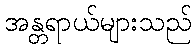
အန္တရာယ်များသည်